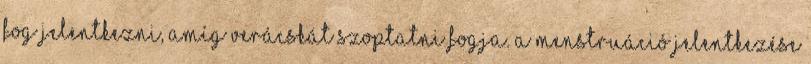
fog jelentkezni, amíg Verácskát szoptatni fogja. A menstruáció jelentkezése